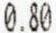
0.80